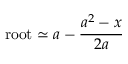
\mathrm { r o o t } \simeq a - { \frac { a ^ { 2 } - x } { 2 a } } \,